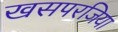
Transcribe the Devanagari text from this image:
खसपरजिया